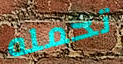
تحمله